King Institute of Preventive Medicine Micro-Biological Section reports 1909-11
Year: 1909
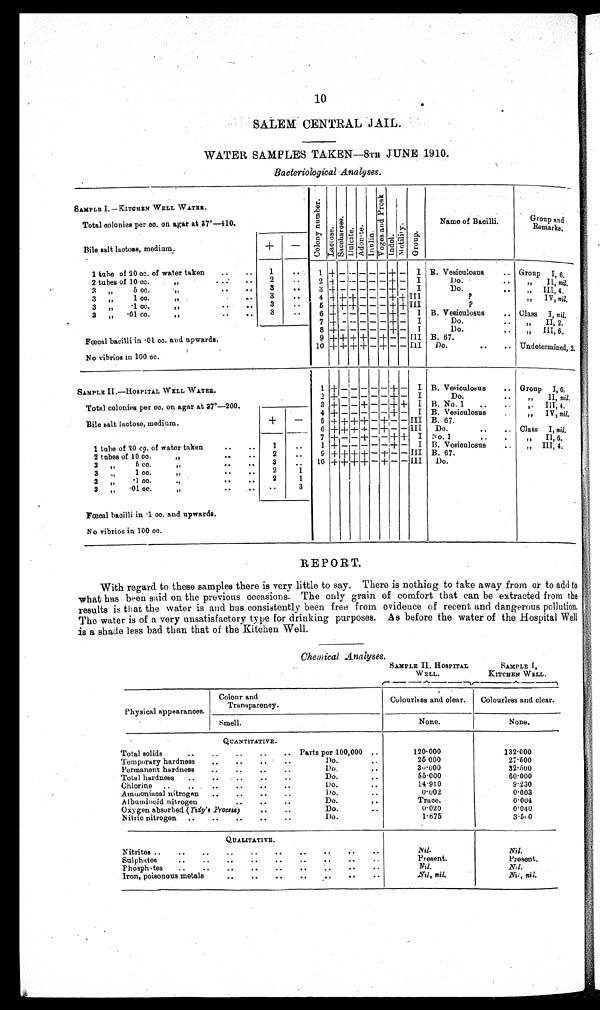
10
SALEM CENTRAL JAIL.
WATER SAMPLES TAKEN—8TH JUNE 1910.
Bacteriological Analyses.
SAMPLE I. —KITCHEN WELL WATER.
C o l o n y n u m b e r s . L a c i o s e . S a c c h a r o s e Du l c i t e Ad o n i t e . I nul i n. V o g e s a n d P r o s k Indol Mo t i l i t y . Gr oup.
Total colonies per cc. on agar at 37°—410.
Name of Bacilli.
Group and
Remarks.
Bile salt lactose, medium
+ -
1 tube of 20 cc. of water taken ..
..
1
1 + - - - - - + - I B. Vesiculosus
.. Group I, 6.
2 tubes of 10 cc
...
..
2
..
2 + - - - - - + - I
Do.
. .
II, n i l
3 „
5 cc.
,,
.. .. 3
..
3 + - — — — — + - I
Do.
III, 4
3 „
1 cc.
. .
3
. .
4 + +
+ + — — - + + III
?
IV, nil.
3 „ .1 cc.
3
. .
5 ++ + — — — + + III
?
3 „ .01cc
..
..
3 . .
6 + - — — — —
+ I B. Vesioulosus
.. Class I, nil.
7 + - - - - - + - I
Do.
. .
II, 2.
8 + — — — — — + — I
Do.
..
III, 6.
Fœcal bacilli in .01 cc. and upwards.
9 +
++ + + — + — — III B. 67.
„
No vibrios in 100 cc.
10 + + + + — + — — III Do.
..
.. Undetermined, 2.
SAMPLE II.—HOSPITAL WELL WATER.
1 +
- - - - -
+ - I B. Vesiculosus
.. Group I, 6.
2 + - - - - - + — I
Do..
II, nil.
Total colonies per co. on agar at 37°—200.
3 + - - + - - + + I B. No. 1 ..
„ III 4.
4 + - - - - - + — I B. Vesiculosus
„ IV nil.
Bile salt, lactose, medium.
+
- 5 + + + + - + - - III B. 67.
6 + + + + — + - — III Do.
..
.. Class I, nil.
7 + - — + — - + + I
N o . 1
. .
I I , 6 .
1 tube of 20 cc. of water taken
..
..
1
..
1 + - - — — — + — I B. Vesiculosus
.. „ III, 4.
2 tubes of 10 cc.
.. .. ..
2
..
9 + + + + — + — — III B. 67.
3
5 cc.
,, .. ..
3
. . 10 + + + + - + - - III Do.
3
„
1 cc.
..
..
2
1
3 „ ·1 cc.
, ,
. .
. .
2
1
3 „ ·01 cc.
,, ..
. .
3
Fœcal bacilli in .01 cc. and upwards.
No vibrios in 100 cc.
REPORT.
With regard to these samples there is very little to say. There is nothing to take away from or to add to
what has been said on the previous occasions. The only grain of comfort that can be extracted from the
results is that the water is and has consistently been free from evidence of recent and dangerous pollution,
The water is of a very unsatisfactory type for drinking purposes. .As before the water of the Hospital Well
is a shade less bad than that of the Kitchen Well.
Chemical Analyses.
SAMPLE II HOSPITAL
WELL.
SAMPLE I ,
KITCHEN WELL.
Physical appearances.
Colour and
Transparency.
Colourless and clear. Colourless and clear.
.
Smell.
None.
None.
QUANTITATIVE.
Total solids
..
..
..
..
.. Parts per 100,000 ..
120.000
132.000
Temporary hardness ..
..
..
..
Do..
25 000
27.500
Permanent hardness ..
..
Do.
..
39·000
32.500
Total hardness ..
..
..
..
..
Do.
..
55.000
60.000
Chlorine
..
..
..
..
..
Do.
14.910
9.230
Ammoniacal nitrogen ..
..
..
..
Do..
0 . 0 0 2
0.003
Albuminoid nitrogen
..
..
..
Do.
..
Trace.
0.004
Oxygen absorbed ( Tidy's Process)
..
..
Do.
..
0·020
0.040
Nitric nitrogen ..
..
..
..
..
Do.
1.675
3.500
QUALITATIVE.
Nitrites ..
..
..
..
N i l .
Nil.
Sulphates
.. ..
..
..
..
..
..
..
..
Present.
Present.
Phosphates .. ..
..
..
..
..
..
..
..
Nil.
Nil.
Iron, poisonous metals
..
..
..
..
.. ..
..
N i l , n i l .
N i l , n i l .